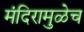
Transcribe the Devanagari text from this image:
मंदिरामुळेच